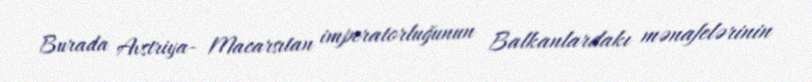
Burada Avstriya- Macarsıtan imperatorluğunun Balkanlardakı mənafelərinin